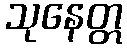
သုနေတ္တ